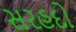
સરહદો